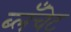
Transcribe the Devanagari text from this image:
ब्लॅंचेट